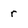
Character: r